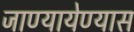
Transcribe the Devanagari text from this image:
जाण्यायेण्यास